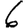
Digit: 6